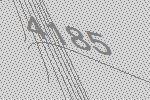
4185